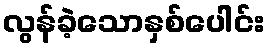
လွန်ခဲ့သောနှစ်ပေါင်း